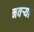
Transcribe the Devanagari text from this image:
नवर्‍या